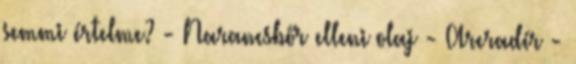
semmi értelme? - Narancsbőr elleni olaj - Arcradír -